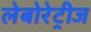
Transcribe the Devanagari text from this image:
लेबोरेट्रीज